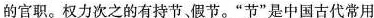
次之的有持节，假节。”节”是中国古代常用